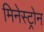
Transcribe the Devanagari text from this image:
मिनेस्ट्रोन